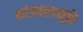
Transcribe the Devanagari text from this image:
भांडवलामुळे